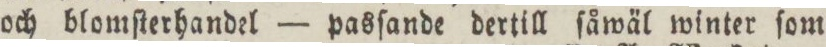
och blomſterhandel — pasſande dertill ſåwäl winter ſom